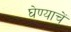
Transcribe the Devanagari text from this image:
घेण्याचें